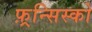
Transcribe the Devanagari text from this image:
फ़्रन्सिस्को